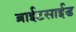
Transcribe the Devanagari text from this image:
ब्राईटसाईड